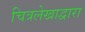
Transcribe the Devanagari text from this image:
चित्रलेखाद्वारा